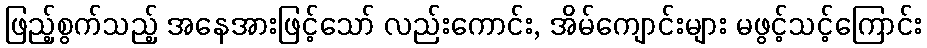
ဖြည့်စွက်သည့် အနေအားဖြင့်သော် လည်းကောင်း, အိမ်ကျောင်းများ မဖွင့်သင့်ကြောင်း